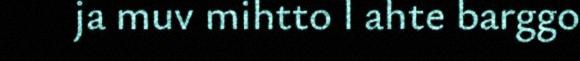
ja muv mihtto l ahte barggo